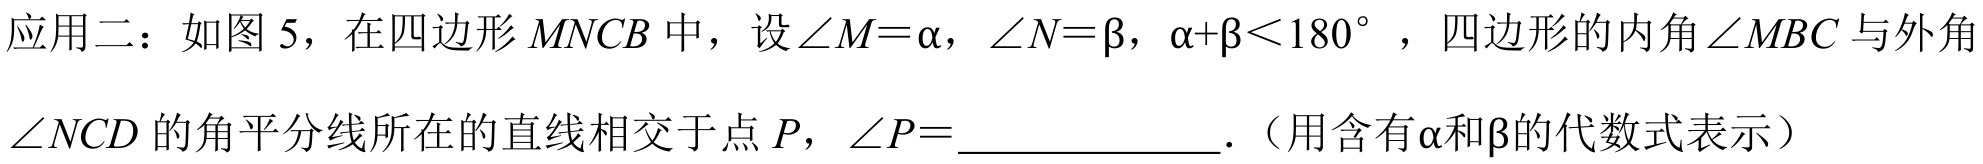
应用二：如图 5，在四边形\(MNCB\)中，设\(\angle M = \alpha\)，\(\angle N = \beta\)，\(\alpha+\beta<180^{\circ}\)，四边形的内角\(\angle MBC\)与外角\(\angle NCD\)的角平分线所在的直线相交于点\(P\)，\(\angle P = \_\_\_\_\_\_\)．（用含有\(\alpha\)和\(\beta\)的代数式表示）